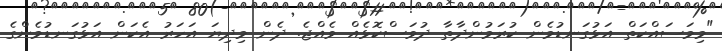
"މިމަސައްކަތް އަޅުގަނޑުމެން ކުރަމުންދާތާ ދުވަސްކޮޅެއް ވެއްޖެ. ދެން މިދިޔަ އަހަރު އެކަން އަޅުގަނޑުމެންގެ